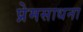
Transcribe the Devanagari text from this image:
प्रेमसाधना